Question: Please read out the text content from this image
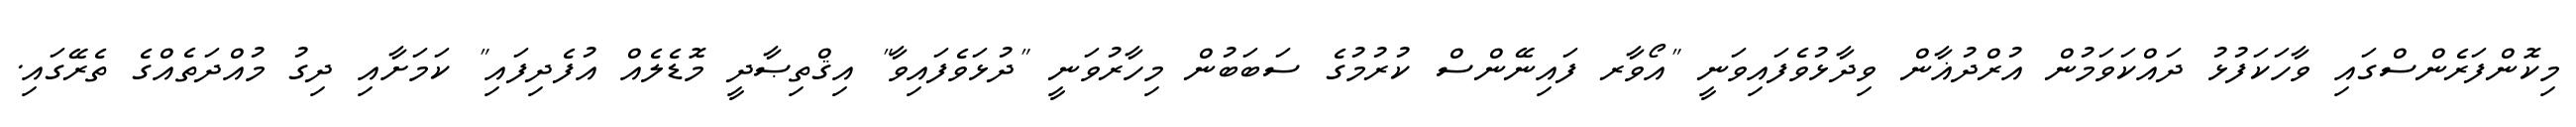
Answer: މިކޮންފަރެންސްގައި ވާހަކަފުޅު ދައްކަވަމުން އުރްދުޣާން ވިދާޅުވެފައިވަނީ "އޯވާރ ފައިނޭންސް ކުރުމުގެ ސަބަބުން މިހާރުވަނީ "ދުޅަވެފައިވާ" އިޤްތިޞާދީ މޮޑެލެއް އުފެދިފައި" ކަމަށާއި ދިގު މުއްދަތެއްގެ ތެރޭގައި.